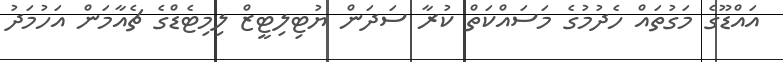
އައްޑޫގެ މަގުތައް ހެދުމުގެ މަސައްކަތް ކުރާ ސަދަން ޔުޓިލިޓީޒް ލިމިޓެޑްގެ ޗެއާމަން އަހުމަދު